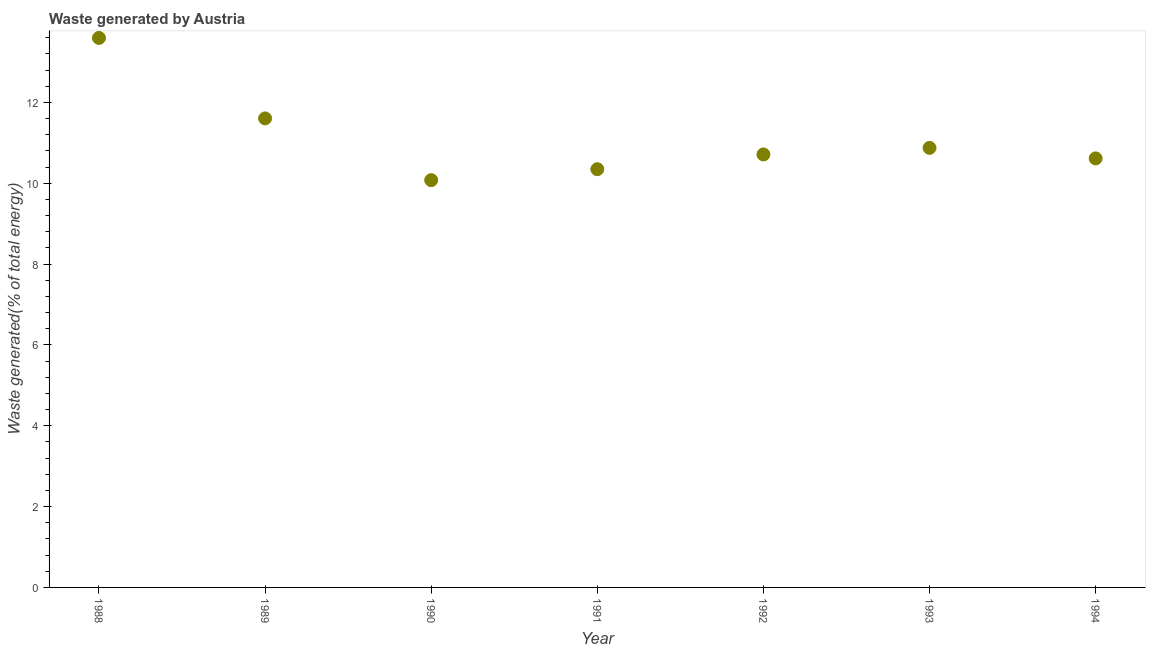
| Year | Combustible renewables and waste (% of total energy) |
 | --- | --- |
 | 1988 | 13.6 |
 | 1989 | 11.6 |
 | 1990 | 10.1 |
 | 1991 | 10.3 |
 | 1992 | 10.7 |
 | 1993 | 10.9 |
 | 1994 | 10.6 |